Report of the Municipal Commissioner on the plague in Bombay for the year ending 31st May... - Volume 2
Disease focus: Plague
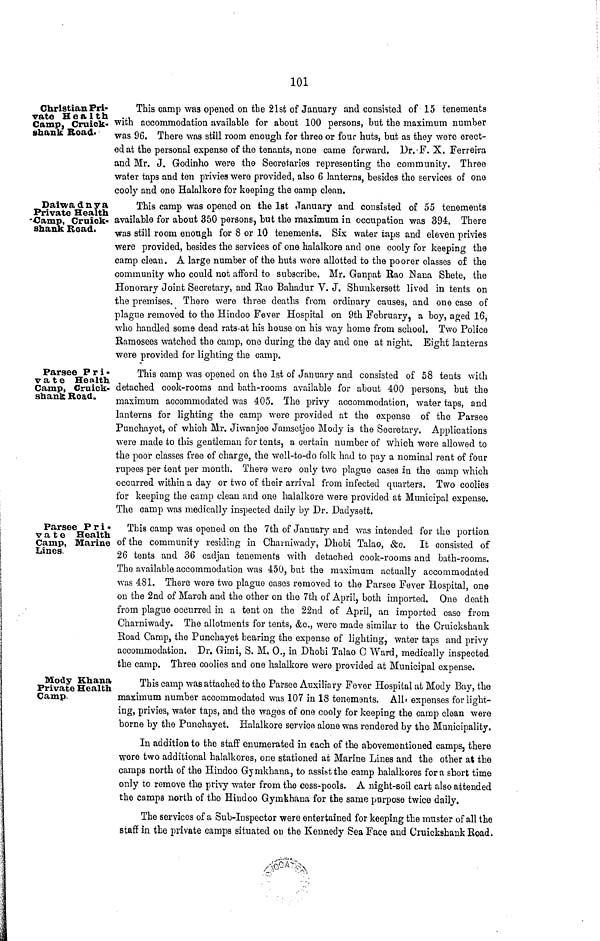
101
Christian Pri-
vate Health
Camp, Cruick-
shank Road·
This camp was opened on the 21st of January and consisted of 15 tenements
with accommodation available for about 100 persons, but the maximum number
was 96. There was still room enough for three or four huts, but as they were erect-
ed at the personal expense of the tenants, none came forward. Dr.-F. X. Ferreira
and Mr. J. Godinho were the Secretaries representing the community. Three
water taps and ten privies were provided, also 6 lanterns, besides the services of one
cooly and one Halalkore for keeping the camp clean.
Dai-wadnya
Private Health
-Camp, Cruick-
shank Road.
This camp was opened on the 1st January and consisted of 55 tenements
available for about 350 persons, but the maximum in occupation was 394. There
•was still room enough for 8 or 10 tenements. Six water taps and eleven privies
were provided, besides the services of one halalkore and one cooly for keeping the
camp clean. A large number of the huts wore allotted to the poorer classes of the
community who could not afford to subscribe. Mr. Ganpat Rao Nana Shete, the
Honorary Joint Secretary, and Rao Bahadur V. J. Shunkersett lived in tents on
the premises. There were three deaths from ordinary causes, and one case of
plague removed to the Hindoo Fever Hospital on 9th February, a boy, aged 16,
who handled some dead rats-at his house on his way home from school. Two Police
Ramosees watched the camp, one during the day and one at night. Eight lanterns
were provided for lighting the camp.
Parsee Pri-
vate Health
Camp, Cruick-
shanfc Road.
This camp was opened on the 1st of January and consisted of 58 tents with
detached cook-rooms and bath-rooms available for about 400 persons, but the
maximum accommodated was 405. The privy accommodation, water taps, and
lanterns for lighting the camp were provided at the expense of the Parsee
Punchayot, of which Mr. Jivvanjee Jamsetjeo Mocly is the Secretary. Applications
were made to this gentleman for tents, a certain number of which were allowed to
the poor classes free of charge, the well-to-do folk had to pay a nominal rent of four
rupees per tent per month. There were only two plague cases in the camp which
occurred within a day or two of their arrival from infected quarters. Two coolies
for keeping the camp clean and one halalkore were provided at Municipal expense.
The camp was medically inspected daily by Dr. Dadysett.
Parsee Pri-
vate Health
Camp, Marine
Lines.
This camp was opened on the 7th of January and was intended for the portio:
of the community residing in Charniwady, Dhobi Talao, &c. It consisted c
26 tents and 36 cacljan tenements with detached cook-rooms and bath-roomi
Tho available accommodation was 450, bat the maximum actually accommodate
•was 481. There were two plague cases removed to the Parsee Fever Hospital, on
on the 2nd of March and the other on the 7th of April, both imported. One deat
from plague occurred in a tent on the 22nd of April, an imported case froi
Charniwady. The allotments for tents, &c,, were made similar to the Cruickshan
Road Camp, the Punchayet bearing the expense of lighting, water taps and priv;
accommodation. Dr. Gimi, S. M. 0., in Dhobi Talao C Ward, medically inspecte
the camp. Three coolies and one halalkore were provided at Municipal expense.
Mody Khana
Private Health
Camp.
This camp was attached to the Parsee Auxiliary Fever Hospital at Mody Bay, the
maximum number accommodated was 107 in 18 tenemsnts. All· expenses for light-
ing, privies, water taps, and the wages of one cooly for keeping the camp clean were
borne by the Punchayet. Halalkore service alone was rendered by the Municipality.
In addition to the staff enumerated in each of the abovementioned camps, there
were two additional halalkores, one stationed at Marine Lines and the other at the
camps north of the Hindoo Gymkhana, to assist the camp halalkores fora short time
only to remove the privy water from the cess-pools. A night-soil cart also attended
the camps north of the Hindoo Gymkhana for the same purpose twice daily.
The services of a Sub-Inspector were entertained for keeping the muster of all the
staffin the private camps situated ou the Kennedy Sea Face and CruickshankRoad.